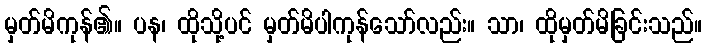
မှတ်မိကုန်၏။ ပန၊ ထိုသို့ပင် မှတ်မိပါကုန်သော်လည်း။ သာ၊ ထိုမှတ်မိခြင်းသည်။